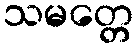
သမတ္တေ